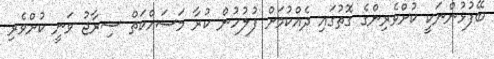
ބޭފުޅުންނަކީ ކުށްވެރިންގެ ގޮތުގައި ދެއްކުމަށް ފުލުހުން ކުރާ މަސައްކަތް ސިރާޖު ވަނީ ކުށްވެރި